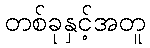
တစ်ခုနှင့်အတူ